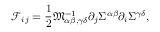
\mathscr { F } _ { i j } = \frac { 1 } { 2 } \mathfrak { M } _ { \alpha \beta , \gamma \delta } ^ { - 1 } \partial _ { j } \Sigma ^ { \alpha \beta } \partial _ { i } \Sigma ^ { \gamma \delta } ,